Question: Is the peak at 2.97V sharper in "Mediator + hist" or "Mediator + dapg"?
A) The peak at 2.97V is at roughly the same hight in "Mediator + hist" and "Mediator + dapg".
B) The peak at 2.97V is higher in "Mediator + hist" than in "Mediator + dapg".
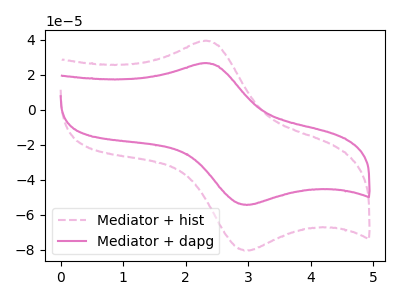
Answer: <think>The pink dashed curve "Mediator + hist" has an anodic peak at (2.30V, 39.20uA) and a cathodic peak at (2.95V, -80.60uA). The pink curve "Mediator + dapg" has an anodic peak at (2.30V, 26.50uA) and a cathodic peak at (2.95V, -54.45uA).</think>
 <answer>B) The peak at 2.97V is higher in "Mediator + hist" than in "Mediator + dapg".</answer>
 <eval>B</eval>